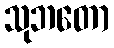
သုဘတော